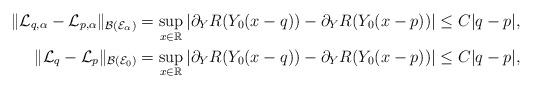
LaTeX: \begin{align*}\|\mathcal{L}_{q,\alpha}-\mathcal{L}_{p,\alpha}\|_{\mathcal{B}(\mathcal{E}_{\alpha})} &=\sup_{x\in\mathbb{R}}|\partial_{Y}R(Y_0(x-q))-\partial_{Y}R(Y_0(x-p))|\leq C|q-p|,\\\|\mathcal{L}_{q}-\mathcal{L}_{p}\|_{\mathcal{B}(\mathcal{E}_{0})} &=\sup_{x\in\mathbb{R}}|\partial_{Y}R(Y_0(x-q))-\partial_{Y}R(Y_0(x-p))|\leq C|q-p|,\end{align*}